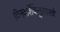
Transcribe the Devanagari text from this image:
दिनदर्शिकेनुसारचे